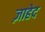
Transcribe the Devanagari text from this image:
ज़ाहेद